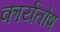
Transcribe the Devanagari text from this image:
कार्यतोष